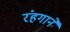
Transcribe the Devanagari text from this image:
रंहगाने